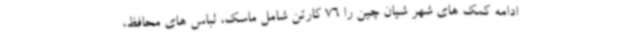
ادامه کمک های شهر شیان چین را 76 کارتن شامل ماسک، لباس های محافظ،